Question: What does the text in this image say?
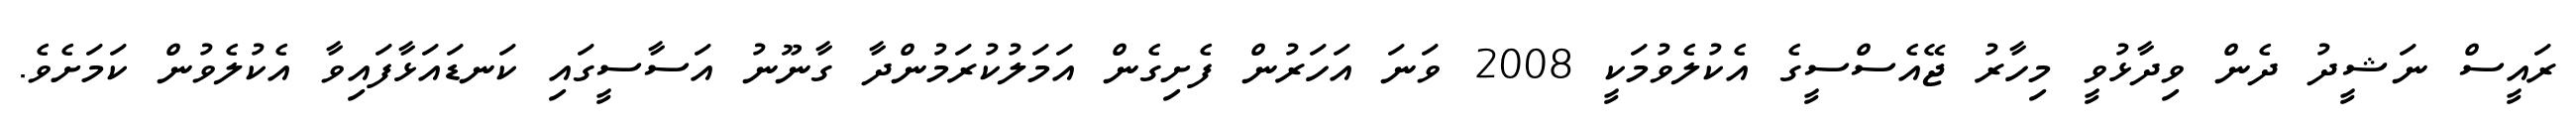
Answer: ރައީސް ނަޝީދު ދެން ވިދާޅުވީ މިހާރު ޖޭއެސްސީގެ އެކުލެވުމަކީ 2008 ވަނަ އަހަރުން ފެށިގެން އަމަލުކުރަމުންދާ ގާނޫނު އަސާސީގައި ކަނޑައަޅާފައިވާ އެކުލެވުން ކަމަށެވެ.